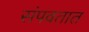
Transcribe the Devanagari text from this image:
संपवतात